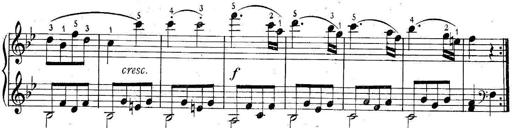
Title: 6 Easy Sonatinas
Composer: Carl Czerny